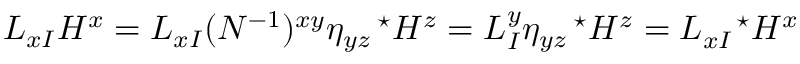
L _ { x I } H ^ { x } = L _ { x I } ( N ^ { - 1 } ) ^ { x y } \eta _ { y z } ^ { \ \ \ \star } H ^ { z } = L _ { I } ^ { y } \eta _ { y z } ^ { \ \ \ \star } H ^ { z } = L _ { x I } ^ { \ \ \ \star } H ^ { x }